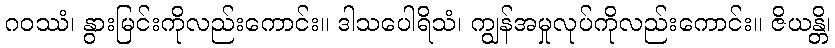
ဂဝဿံ၊ နွားမြင်းကိုလည်းကောင်း။ ဒါသပေါရိသံ၊ ကျွန်အမှုလုပ်ကိုလည်းကောင်း။ ဇိယန္တိ၊